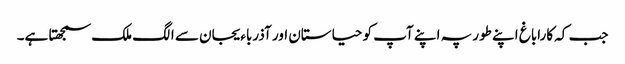
جب کہ کاراباغ اپنے طور پہ اپنے آپ کو حیاستان اور آذرباءیجان سے الگ ملک سمجھتا ہے۔